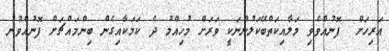
އަރިހަށް  ފޮނުއްވެވި މަލާއިކަތްބޭކަލުންނަކީ ވަރަށް މުހިއްމު ދެ ކަމަކާއިގެން ބިންމައްޗަށް ފޮނުއްވުނު